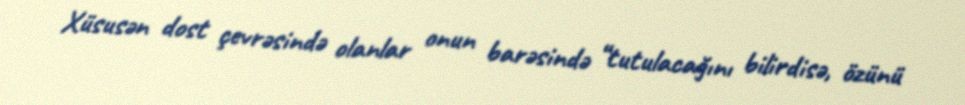
Xüsusən dost çevrəsində olanlar onun barəsində “tutulacağını bilirdisə, özünü